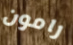
رامون